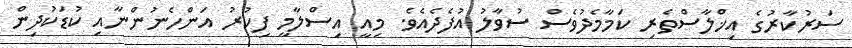
ސަރުކާރުގެ އިޚްލާސްތެރި ކަމާމެދުވެސް ސުވާލު އުފެދެއެވެ. މިއީ އިސްލާމީ ފިކުރު އަންހެނުންނާއި ކުޑަކުދިން